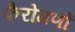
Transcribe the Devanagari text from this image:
फैरोगणों